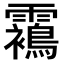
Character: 𩆳